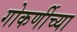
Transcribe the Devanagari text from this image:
गोकर्णीच्या